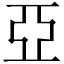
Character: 亞